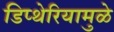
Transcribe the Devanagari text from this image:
डिप्थेरियामुळे